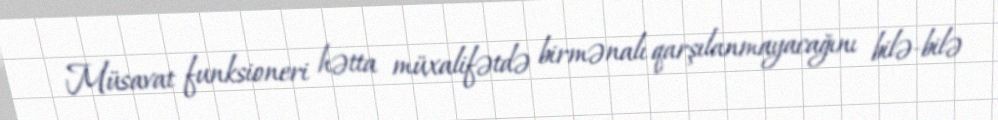
Müsavat funksioneri hətta müxalifətdə birmənalı qarşılanmayacağını bilə-bilə